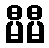
မီမီ